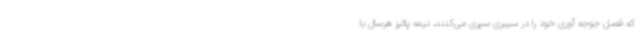
که فصل جوجه آوری خود را در سیبری سپری می‌کنند، نیمه پائیز هرسال با